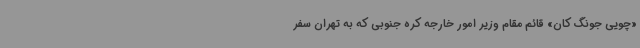
«چویی جونگ کان» قائم مقام وزیر امور خارجه کره جنوبی که به تهران سفر